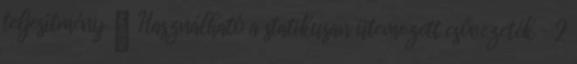
teljesítmény ● Használható a statikusan ütemezett csővezeték – 2